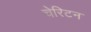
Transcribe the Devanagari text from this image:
चेरिटन